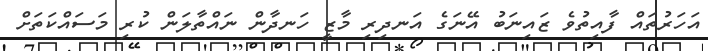
އަހަރުތައް ފާއިތުވެ ޒައިނަބު އޭނަގެ އަނދިރި މާޒީ ހަނދާން ނައްތާލަން ކުރި މަސައްކަތަަށް